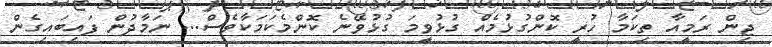
ޖިން ރަމީއާ ތިކަމާ ހުރީ ކޮންގުޅުމެއް ގުޅުވީމަ ގުޅުވޭނެ ކޮންމެކަމަކާވެސް... ނަމާދުން ފައިބައިގެން